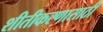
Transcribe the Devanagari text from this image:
शीतीकरणासाठी